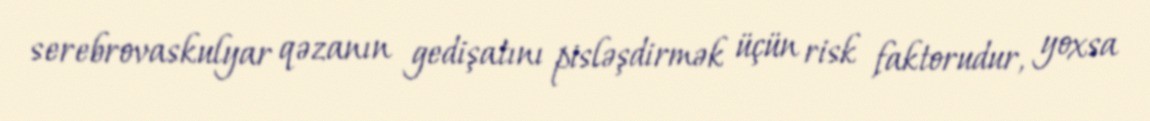
serebrovaskulyar qəzanın gedişatını pisləşdirmək üçün risk faktorudur, yoxsa